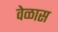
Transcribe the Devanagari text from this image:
वेळास